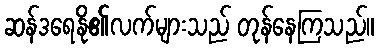
ဆန်ဒရေနို၏လက်များသည် တုန်နေကြသည်။